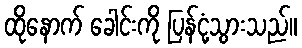
ထိုနောက် ခေါင်းကို ပြန်ငုံ့သွားသည်။